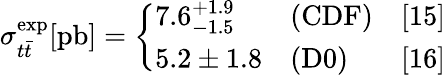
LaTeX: \sigma_{t\bar{t}}^{\mathrm{exp}}[\mathrm{pb}]=\left\{ \begin{array}{lll}{{7.6_{-1.5}^{+1.9}}}&{{\mathrm{(CDF)}}}&{{[15]}}\\ {{5.2\pm 1.8}}&{{\mathrm{(D0)}}}&{{[16]}}\end{array}\right.